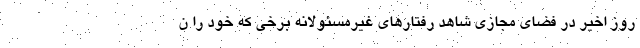
روز اخیر در فضای مجازی شاهد رفتارهای غیرمسئولانه برخی که خود را ن